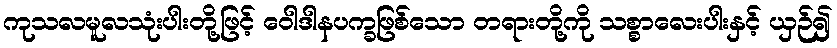
ကုသလမူလသုံးပါးတို့ဖြင့် ဝေါဒါနပက္ခဖြစ်သော တရားတို့ကို သစ္စာလေးပါးနှင့် ယှဉ်၍